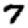
Digit: 7